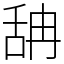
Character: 舑